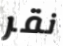
نقر